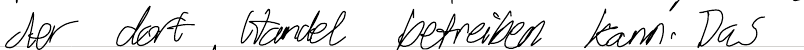
der dort Handel betreiben kann. Das